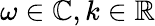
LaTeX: \omega\in\mathbb{C},k\in\mathbb{R}